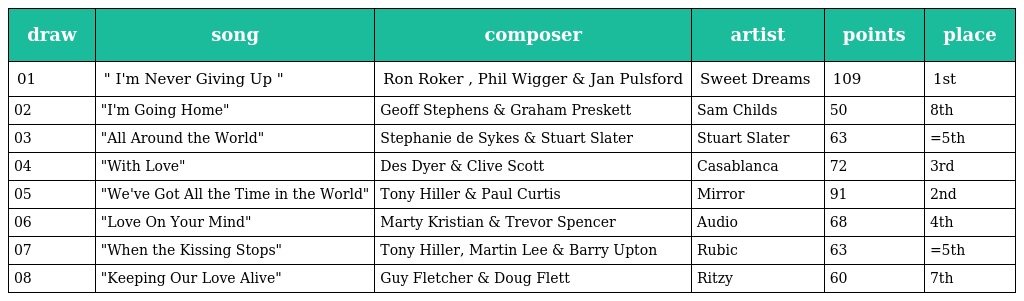
| draw | song | composer | artist | points | place |
 | --- | --- | --- | --- | --- | --- |
 | 01 | " I'm Never Giving Up " | Ron Roker , Phil Wigger & Jan Pulsford | Sweet Dreams | 109 | 1st |
 | 02 | "I'm Going Home" | Geoff Stephens & Graham Preskett | Sam Childs | 50 | 8th |
 | 03 | "All Around the World" | Stephanie de Sykes & Stuart Slater | Stuart Slater | 63 | =5th |
 | 04 | "With Love" | Des Dyer & Clive Scott | Casablanca | 72 | 3rd |
 | 05 | "We've Got All the Time in the World" | Tony Hiller & Paul Curtis | Mirror | 91 | 2nd |
 | 06 | "Love On Your Mind" | Marty Kristian & Trevor Spencer | Audio | 68 | 4th |
 | 07 | "When the Kissing Stops" | Tony Hiller, Martin Lee & Barry Upton | Rubic | 63 | =5th |
 | 08 | "Keeping Our Love Alive" | Guy Fletcher & Doug Flett | Ritzy | 60 | 7th |